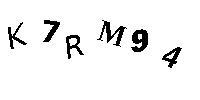
K7RM94